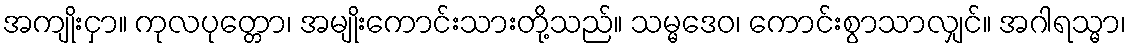
အကျိုးငှာ။ ကုလပုတ္တော၊ အမျိုးကောင်းသားတို့သည်။ သမ္မဒေဝ၊ ကောင်းစွာသာလျှင်။ အဂါရသ္မာ၊